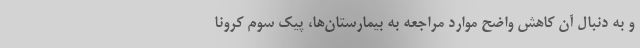
و به دنبال آن کاهش واضح موارد مراجعه به بیمارستان‌ها، پیک سوم کرونا